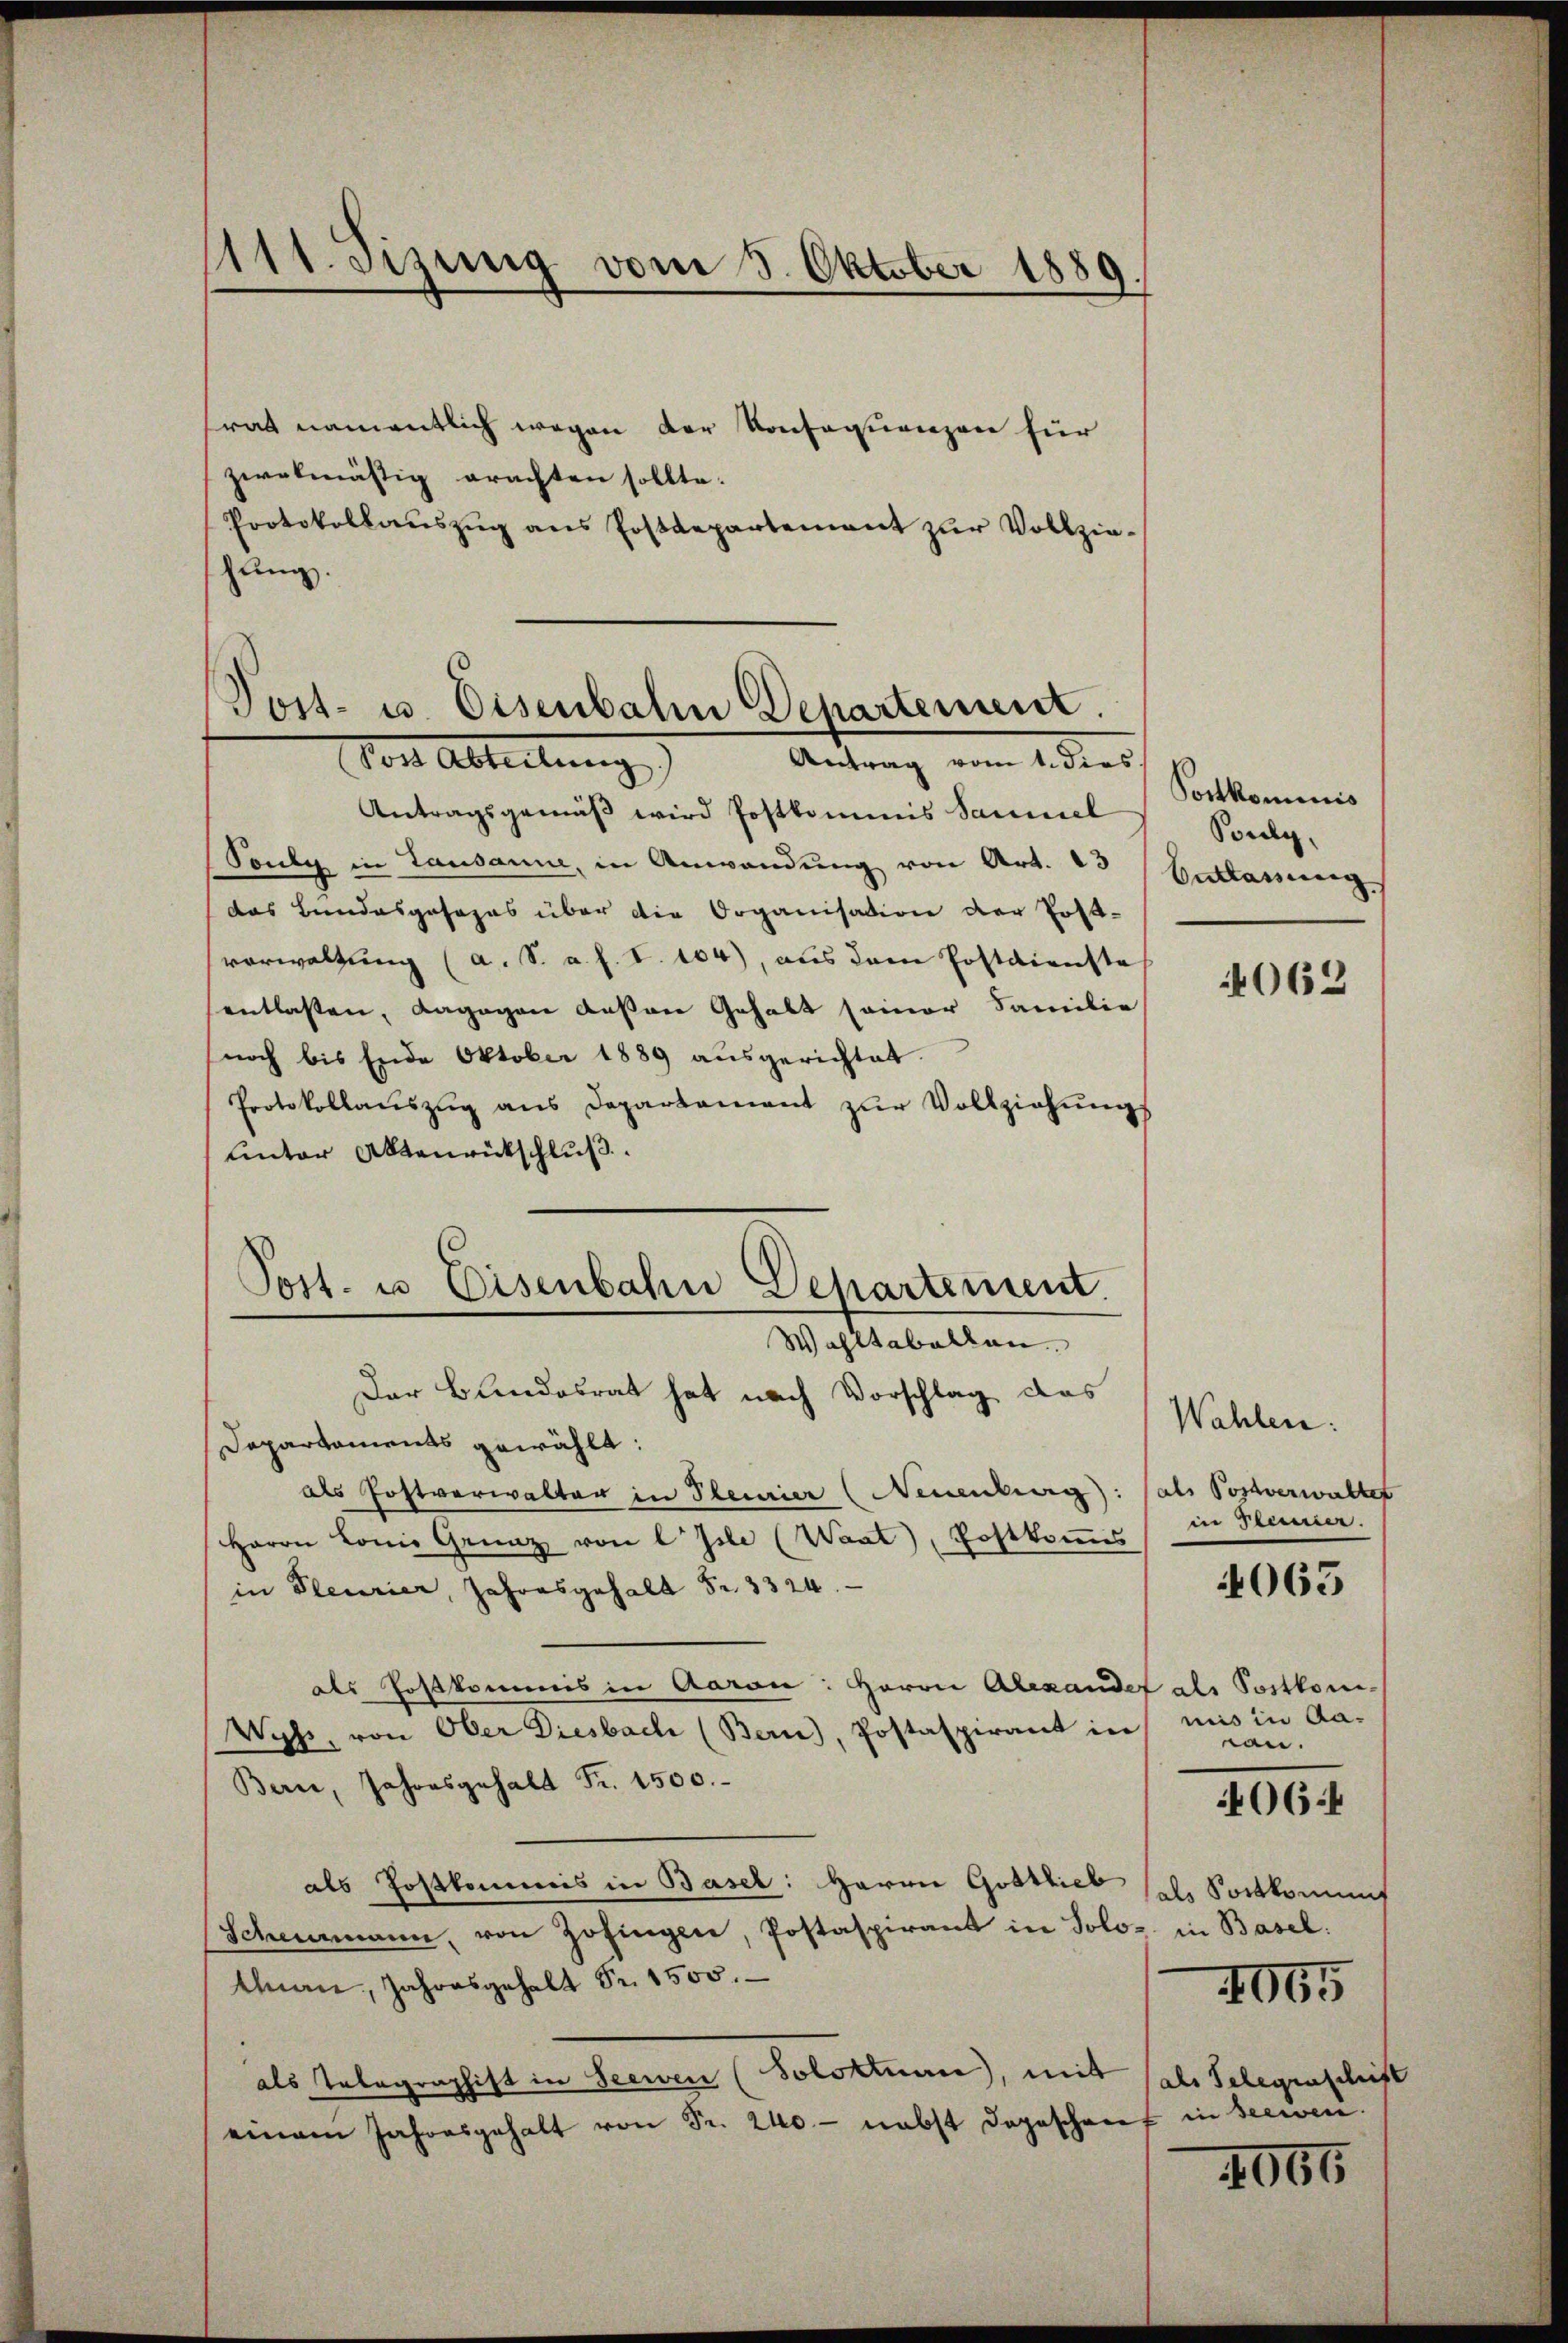
111. Sizung vom 3. Oktober 1889

trat namentlich wegen der Konsequenzen für
zwelmässig erachten sollte.
Protokollaŭszŭg ans Postdepartement zŭr Vollzie-
hung.

Post- u. Eisenbahn Departement
Vor Abteilung
Antrag vom 1. dies

Post. u. Eisenbahn Departement.
Wahltabellen.

Antragsgemäβ wird Postkommis Sammel
Touly in Lausanne, in Anwendung von Art. 13
das Bundesgesezes über die Organisation der Post-
vorwaltung (a. S. a. h. T.104), aus dem Postdienste
entlassen, dagegen deßen Gehalt seiner Familie
noch bis Ende Oktober 1889 ausgerichtet.
Protokollaŭszŭg ans Departament zŭr Vollziehŭngs
unter Aktenrückschluß

Pontkominis
Poule
Entlassung

Der Bundesrat hat nach Vorschlag das
Departaments gewählt:
als Postverwalter in Plenrier (Neuenburg): (als Postverwaltet
Herrn Lonie Grenz von l Jsle (Waat), Postkommis in Planier.
in Plenrier, Jahresgehalt Fr. 3324.
als Postkommis in Aeron: Herrn Alexandet als Postkom
Vyh, von Ober Diesbach (Bern), Postaspirant in mis in Aa-
Bern, Jahresgehalt Fr. 1500.
als Postkommis in Basel: Herrn Gottlieb
Schemann, von Zofingen, Postaspirant in Solos in Basel:
Aman, Jahresgehalt Fr. 1500.
als Telegraphist in Seewen (Solothurn, mit als Telegraschift
einem Jahresgehalt von Fr. 240 - nebst dageschrief in seciven.

062

Wahlen:
4064
als Sortkommt
4665

063

wan.

4065